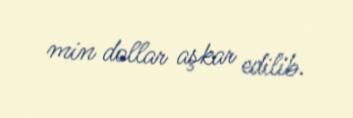
min dollar aşkar edilib.